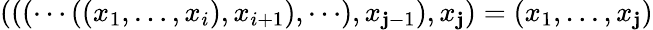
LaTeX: (((\cdots((x_{1},\dots,x_{i}),x_{i+1}),\cdots),x_{\mathbf{j}-1}),x_{\mathbf{j}})=(x_{1},\dots,x_{\mathbf{j}})